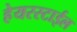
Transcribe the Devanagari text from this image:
हेयरस्टाईल